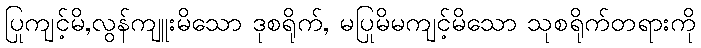
ပြုကျင့်မိ,လွန်ကျူးမိသော ဒုစရိုက်, မပြုမိမကျင့်မိသော သုစရိုက်တရားကို